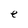
Character: e